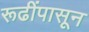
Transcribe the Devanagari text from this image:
रूढींपासून